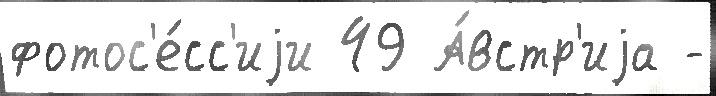
фотос'е́сс'иjи 49 А́встр'иjа -